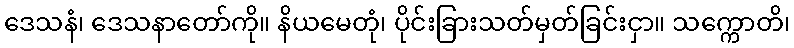
ဒေသနံ၊ ဒေသနာတော်ကို။ နိယမေတုံ၊ ပိုင်းခြားသတ်မှတ်ခြင်းငှာ။ သက္ကောတိ၊